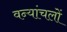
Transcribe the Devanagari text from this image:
वन्यांचलों